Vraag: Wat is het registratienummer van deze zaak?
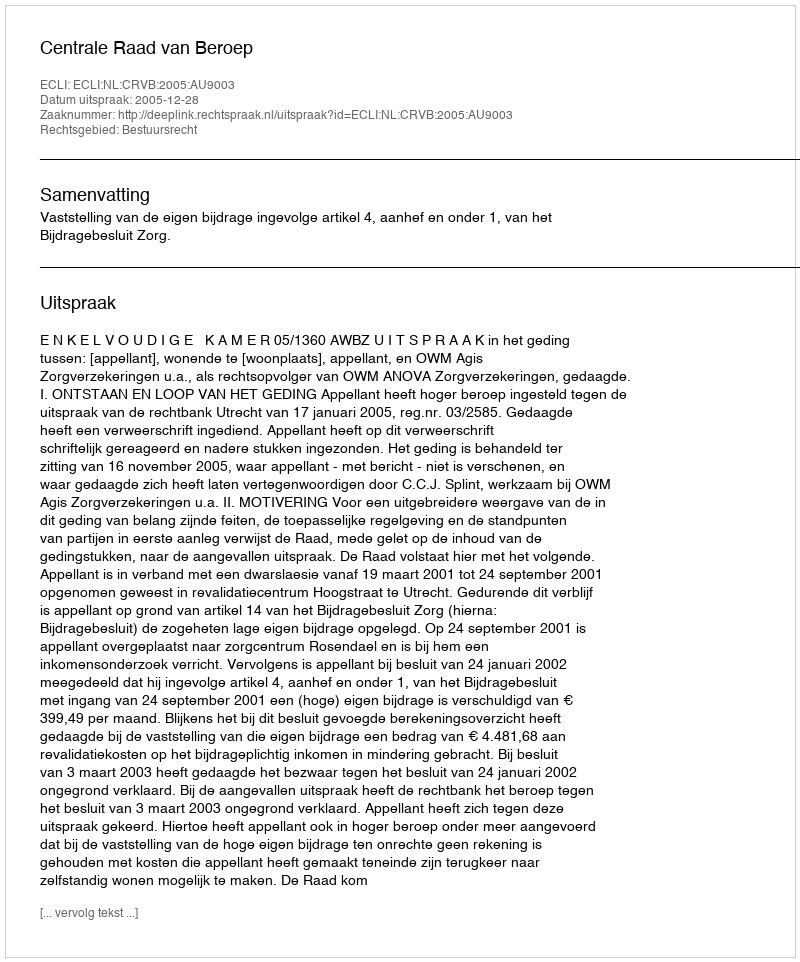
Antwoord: http://deeplink.rechtspraak.nl/uitspraak?id=ECLI:NL:CRVB:2005:AU9003